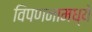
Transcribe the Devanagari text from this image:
विपणनामध्ये